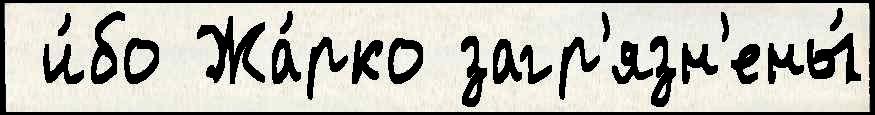
 и́бо Жа́рко загр'язн'ены́